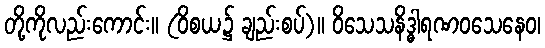
တို့ကိုလည်းကောင်း။ (ဝိစယ၌ ချည်းစပ်)။ ဝိသေသနိဒ္ဓါရဏဝသေနေဝ၊